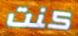
كنت